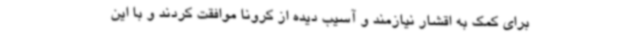
برای کمک به اقشار نیازمند و آسیب دیده از کرونا موافقت کردند و با این